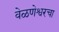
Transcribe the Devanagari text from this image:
वेळणेश्वरचा